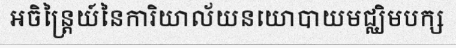
អចិន្ត្រៃយ៍នៃការិយាល័យនយោបាយមជ្ឈិមបក្ស